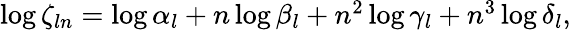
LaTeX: \begin{array}{r}{\log\zeta_{ln}=\log\alpha_{l}+n\log\beta_{l}+n^{2}\log\gamma_{l}+n^{3}\log\delta_{l},}\end{array}